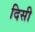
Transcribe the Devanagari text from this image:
दिसी